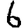
Digit: 6